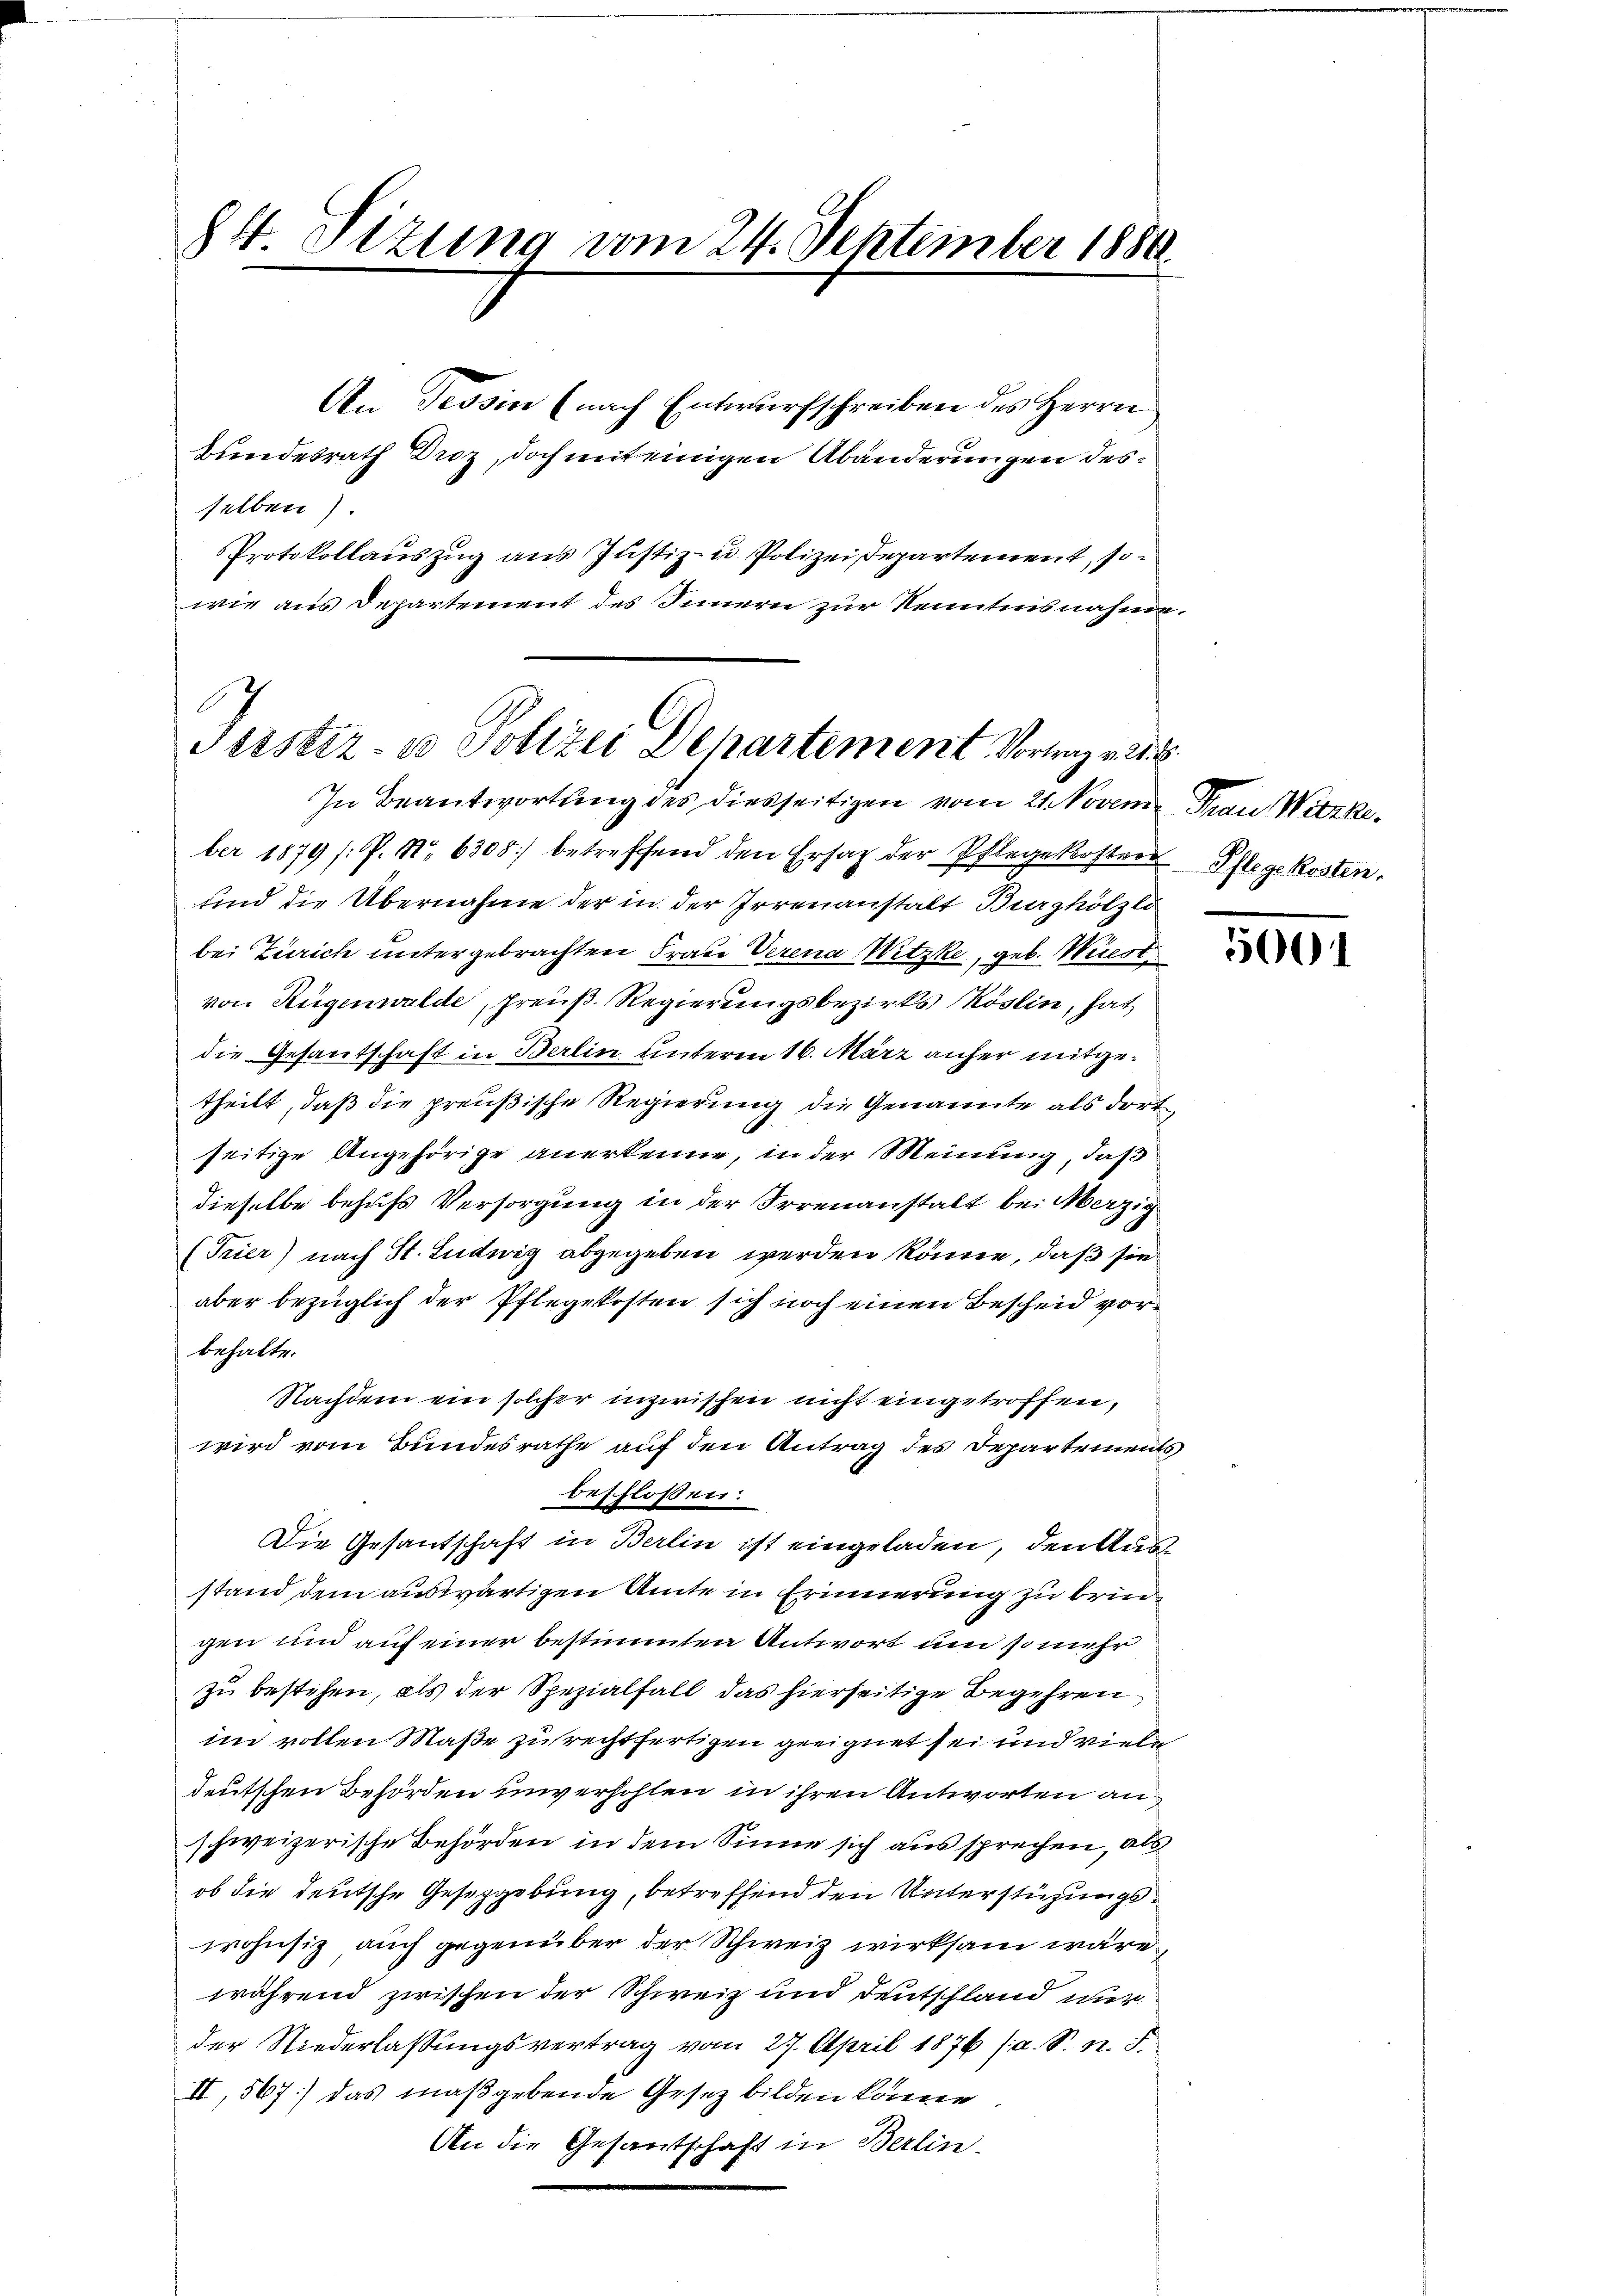
84 Sizung vom 24. September 1884

An Tessin (nach Entwurfschreiben des Herrn
Bundesrath Droz, doch mit einigen Abänderungen desselben).
Protokollauszug aus Justiz- u. Polizei, Departement, sowie aus Departement des Innern zur Kenntnisnahme.

Justiz- u Polizei Departement Vort. 2
In Beantwortung des diesseitigen vom 21. Novem Trau Wirke

ber 1879 /: P. Nr. 6308) betreffend den Ersatz der Pflegekoster Pflegekosten.
sind die Übernahme der in der Irrenanstalt Burghölzli
bei Zürich untergebrachten Fraue Verena Witzke, geb. Wiest
von Rügenwalde, Preuß. Regierungsbezirks Köslin, hat
die Gesandschaft in Berlin unterm 16. März anher mitgetheilt, daß die preußische Regierung die Genannte als dort
seitige Angehörige anerkenne, in der Meinung, daß
dieselbe behufs Versorgung in der Irrenanstalt bei Merzig
(Trier) nach St. Ludwig abgegeben werden könne, daß sie
aber bezüglich der Pflegekosten sich noch einen Bescheid vorbehalte.
Nachdem ein solcher inzwischen nicht eingetroffen,
wird vom Bundesrathe auf den Antrag des Departements
beschlossen:
Die Gesantschaft in Berlin ist eingeladen, den Ausstand dem auswärtigen Amte in Erinnerung zu bringen und auf einer bestimmten Antwort um so mehr
zu bestehen, als der Spezialfall das hierseitige Begehren
im vollen Maße zu rechtfertigen geeignet sei und viele
deutschen Behörden unverhohlen in ihren Antworten an
schweizerische Behörden in dem Sinne sich aus sprechen, als
ob die deutsche Gesetzgebung, betreffend den Unterstüzungspohnsiz, auch gegenüber der Schweiz wirksam wäre,
während zwischen der Schweiz und Deutschland wir
der Niederlassungsvertrag vom 27. April 1876 (a. S. n. F.
II, 567] das maßgebende Gesetz bilden könne.
An die Gesantschaft in Berlin.

H.

5001